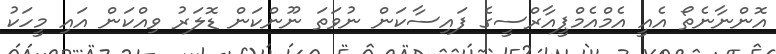
އޮންނާނެތޯ އެއީ އެމްއެމްޕީއާރްސީގެ ފައިސާކަން ނުވަތަ ނޫންކަން ޑޮލަރު ވިއްކަން އައި މީހަކު